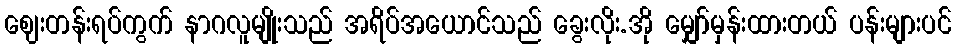
ဈေးတန်းရပ်ကွက် နာဂလူမျိုးသည် အရိပ်အယောင်သည် ခွေးလိုး.အို မျှော်မှန်းထားတယ် ပန်းများပင်